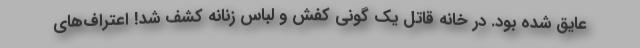
عایق شده بود. در خانه قاتل یک گونی کفش و لباس زنانه کشف شد! اعتراف‌های